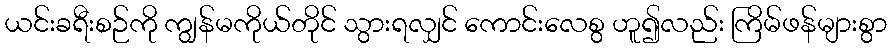
ယင်းခရီးစဉ်ကို ကျွန်မကိုယ်တိုင် သွားရလျှင် ကောင်းလေစွ ဟူ၍လည်း ကြိမ်ဖန်များစွာ